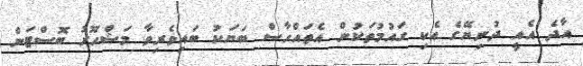
އާދެ އެއީ ދުނިޔޭގެ އެކި ގައުމުތަކުން އެތައްހާސް ބަޔަކު ބައިވެރިވާ މަޝްހޫރު ބޮސްޓަން